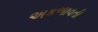
અકળાવતી